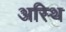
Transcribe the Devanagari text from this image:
अस्‍थि